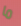
ما